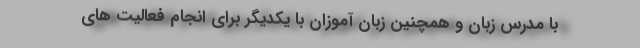
با مدرس زبان و همچنین زبان آموزان با یکدیگر برای انجام فعالیت های